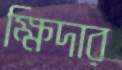
ক্ষিদার